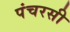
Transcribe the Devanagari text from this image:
पंचरसी